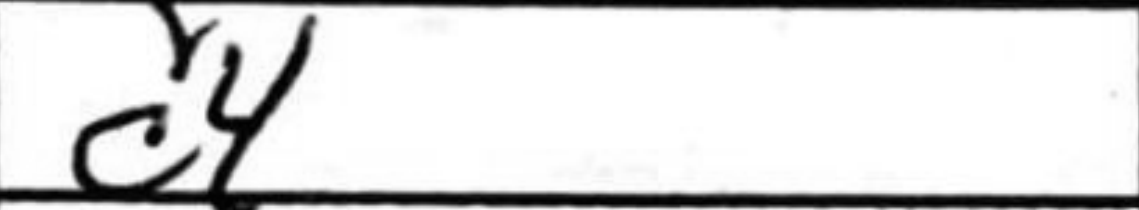
Transcription: c4